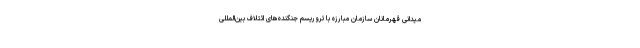
میدانی قهرمانان سازمان مبارزه با تروریسم جنگنده‌های ائتلاف بین‌المللی